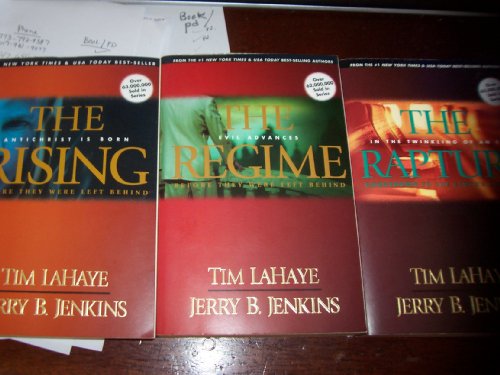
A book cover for Left Behind Series Prequel Set (The Rising, Anarchist is Born Before they were Left Behind/ The Regime, Evil Advances Before they were Left Behind/ The Rapture,In the Twinkling of an Eye Countdown to the Earth's Last Days); Jerry Jenkins; Religion & Spirituality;